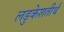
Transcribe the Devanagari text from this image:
लडुकेशतीर्थ